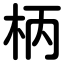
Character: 柄